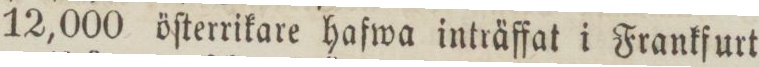
12,000 öſterrikare hafwa inträffat i Frankfurt